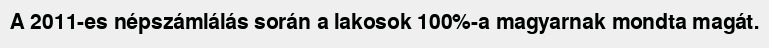
A 2011-es népszámlálás során a lakosok 100%-a magyarnak mondta magát.